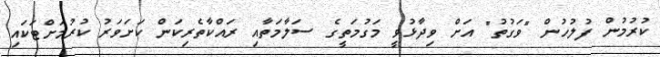
ކުރުމުން ފުލުހުން "ވަގުތު" އަށް ވިދާޅުވީ މަގުމަތީގެ ސަލާމަތާއި ރައްކާތެރިކަން ކަށަވަރު ކުރުމަށްޓަކައި